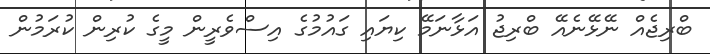
ބްރިޖެއް ނޭޅޭނެއޭ ބްރިޖު އަޅާނަމޭ ކިޔައި ގައުމުގެ އިސްވެރީން މީގެ ކުރިން ކުރަމުން